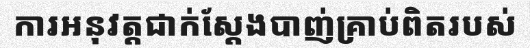
ការអនុវត្តជាក់ស្តែងបាញ់គ្រាប់ពិតរបស់